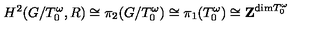
H ^ { 2 } ( G / T _ { 0 } ^ { \omega } , R ) \cong \pi _ { 2 } ( G / T _ { 0 } ^ { \omega } ) \cong \pi _ { 1 } ( T _ { 0 } ^ { \omega } ) \cong { \bf Z } ^ { \mathrm { d i m } T _ { 0 } ^ { \omega } }